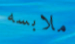
ملابسه